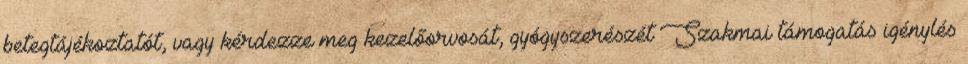
betegtájékoztatót, vagy kérdezze meg kezelőorvosát, gyógyszerészét Szakmai támogatás igénylés